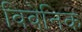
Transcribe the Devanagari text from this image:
विवेनिक